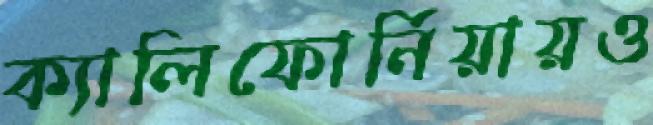
ক্যালিফোর্নিয়ায়ও